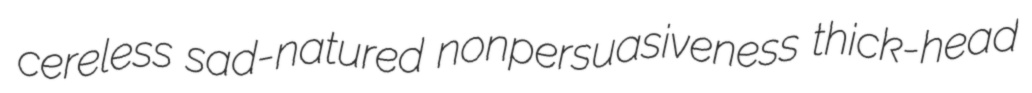
cereless sad-natured nonpersuasiveness thick-head